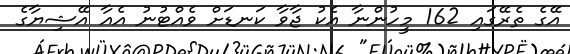
އޭގެ ތެރޭގައި 162 މީހުންނާ އެކު ޖާވާ ކަނޑަށް ވެއްޓުނު އެެއާ އޭޝިޔާގެ